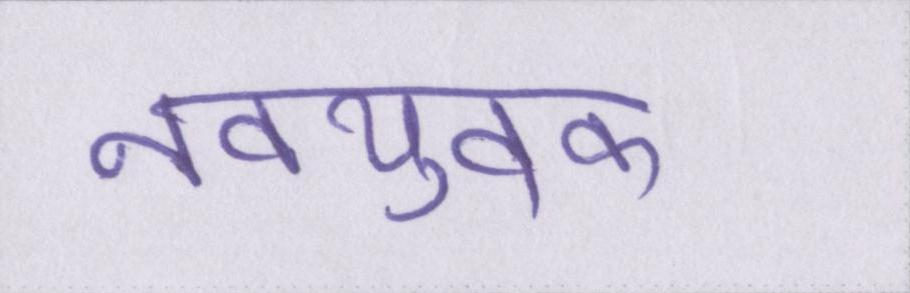
नवयुवक